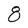
Character: 8